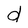
Character: d